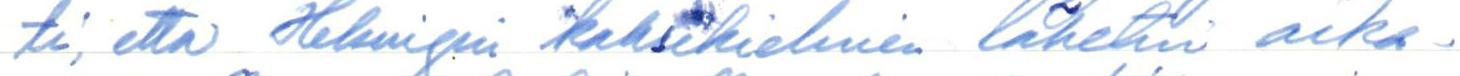
ti, että Helsingin kaksikielinen lähetin aika-